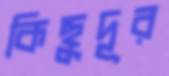
কিছুদূর